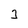
Character: 3